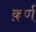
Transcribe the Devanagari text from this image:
क़र्ण